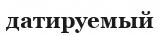
датируемый